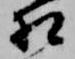
相